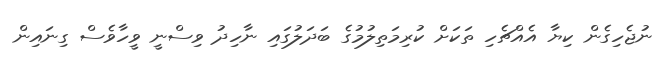
ނުޖެހިގެން ކިޔާ އެއްޗެހި ތަކަށް ކުރިމަތިލުމުގެ ބަދަލުގައި ނާހިދު ވިސްނީ ވީހާވެސް ގިނައިން